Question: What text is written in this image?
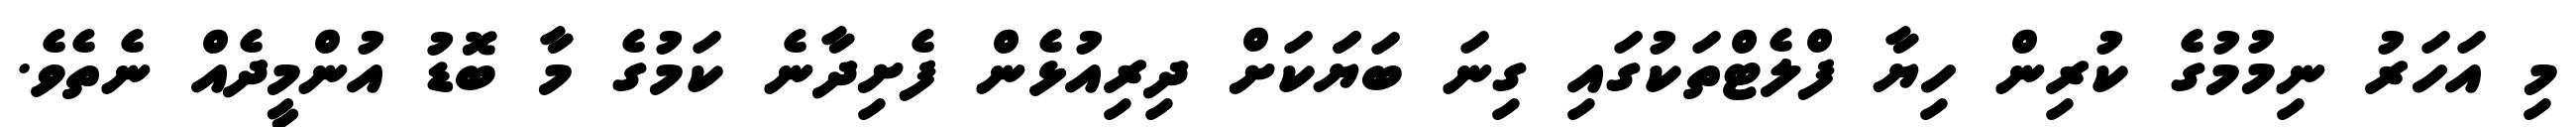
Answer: މި އަހަރު ނިމުމުގެ ކުރިން ހިޔާ ފްލެޓްތަކުގައި ގިނަ ބަޔަަކަށް ދިރިއުޅެން ފެށިދާނެ ކަމުގެ މާ ބޮޑު އުންމީދެއް ނެތެވެ.